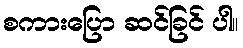
စကားပြော ဆင်ခြင် ပါ။